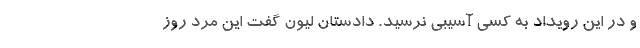
و در این رویداد به کسی آسیبی نرسید. دادستان لیون گفت این مرد روز